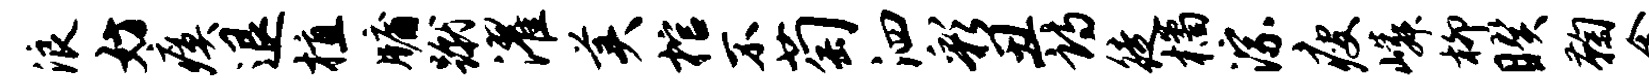
浪妨瘼退植牖蹴濯美棺不萄泗彩丑诗徒橘淙瘦嶙柳睽鞠禽